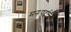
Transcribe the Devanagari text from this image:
मनःपटलावर